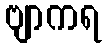
ဗျာကရ